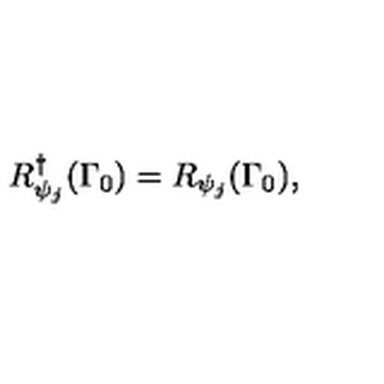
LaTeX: R _ { \psi _ { j } } ^ { \dagger } ( \Gamma _ { 0 } ) = R _ { \psi _ { j } } ( \Gamma _ { 0 } ) ,